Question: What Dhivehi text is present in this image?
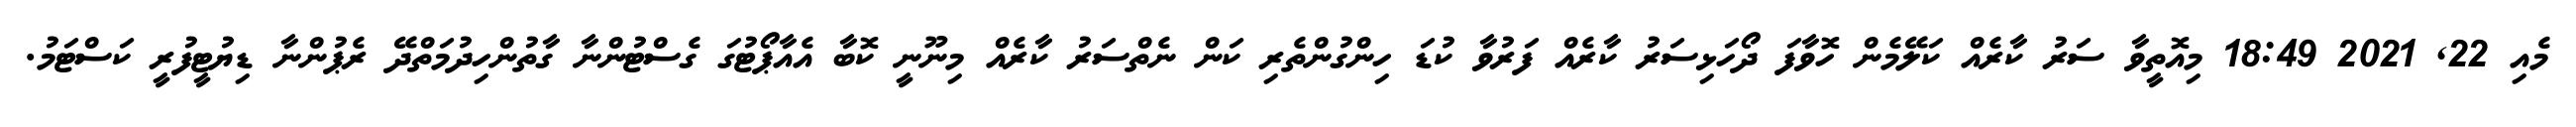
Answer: މެއި 22, 2021 18:49 މިއޮތީވާ ސަރު ކާރެއް ކަލޭމެން ހޮވާފަ ދޯހަޅިސަރު ކާރެއް ފަރުވާ ކުޑަ ހިންގުންތެރި ކަން ނެތްސަރު ކާރެއް މިނޫނީ ކޮބާ އެއާޕޯޓުގަ ގެސްޓުންނާ ގާތުންހިދުމަތްދޭ ރެޕުންނާ ޑިޔުޓީފުރީ ކަސްޓަމު.